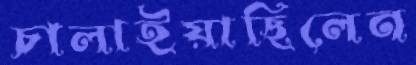
চালাইয়াছিলেন